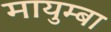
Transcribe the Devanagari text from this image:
मायुम्बा